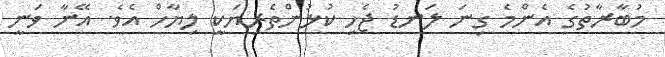
މުބާރާތުގެ އެންމެ ގިނަ ލަނޑު ޖެހި ކުޅުންތެރިޔަކީ ލިޔާހް އެވެ. އޭނާ ވަނީ